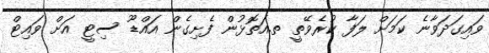
ވައިގަދަވާނެ ކަމަށް ލަފާ ކުރެވޭތީ ތ.އަތޮޅުން ފެށިގެން އައްޑޫ ސިޓީ އަށް ވައިޓް